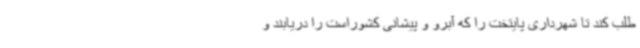
طلب کند تا شهرداری پایتخت را که آبرو و پیشانی کشوراست را دریابند و